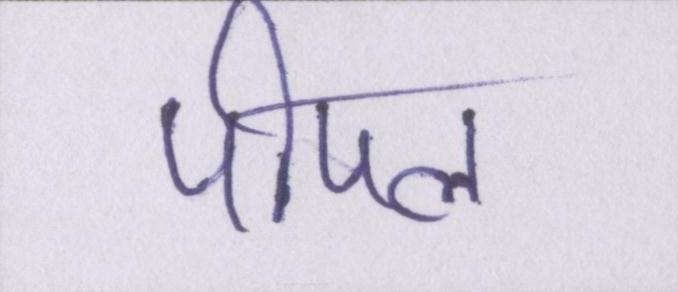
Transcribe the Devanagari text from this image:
पीपल